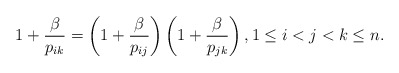
\begin{gather*} 1+ {\beta \over p_{ik}} =\left(1+{\beta \over p_{ij}} \right)\left(1 +{\beta \over p_{jk}}\right), 1 \le i < j < k \le n .\end{gather*}